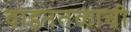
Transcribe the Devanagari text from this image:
वाहनतळाची